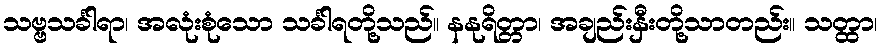
သဗ္ဗသင်္ခါရာ၊ အလုံးစုံသော သင်္ခါရတို့သည်။ နနုရိတ္တာ၊ အချည်းနှီးတို့သာတည်း။ သတ္ထာ၊